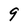
Character: 9